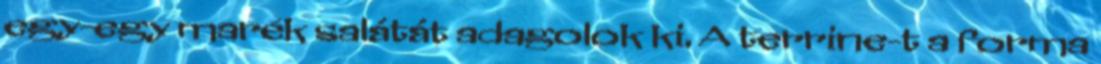
egy-egy marék salátát adagolok ki. A terrine-t a forma